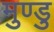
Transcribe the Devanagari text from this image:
मुण्डु